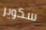
سكوير